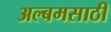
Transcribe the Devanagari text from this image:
अल्बमसाठी